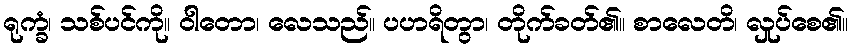
ရုက္ခံ၊ သစ်ပင်ကို။ ဝါတော၊ လေသည်။ ပဟရိတွာ၊ တိုက်ခတ်၏။ စာလေတိ၊ လှုပ်စေ၏။